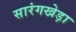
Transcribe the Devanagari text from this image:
सारंगखेड़ा